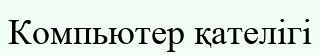
Компьютер қателігі